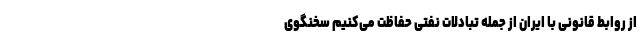
از روابط قانونی با ایران از جمله تبادلات نفتی حفاظت می‌کنیم سخنگوی